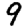
Digit: 9